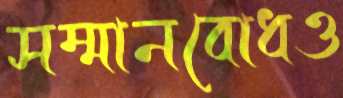
সম্মানবোধও